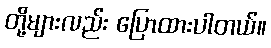
တို့များလည်း ပြောထားပါတယ်။